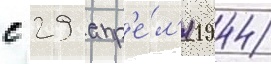
с 29 апр'е́л'я 1944